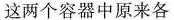
这两个容器中原来各